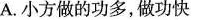
A.小方做的功多，做功快